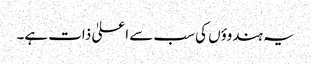
یہ ہندوؤں کی سب سے اعلیٰ ذات ہے۔